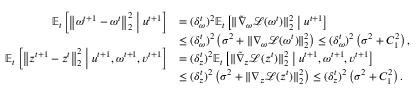
\begin{array} { r l } { \mathbb { E } _ { t } \left[ \left\| \omega ^ { t + 1 } - \omega ^ { t } \right\| _ { 2 } ^ { 2 } \; \middle | \; u ^ { t + 1 } \right] } & { = ( \delta _ { \omega } ^ { t } ) ^ { 2 } \mathbb { E } _ { t } \left[ \| \tilde { \nabla } _ { \omega } \mathcal { L } ( \omega ^ { t } ) \| _ { 2 } ^ { 2 } \; \middle | \; u ^ { t + 1 } \right] } \\ & { \leq ( \delta _ { \omega } ^ { t } ) ^ { 2 } \left( \sigma ^ { 2 } + \| \nabla _ { \omega } \mathcal { L } ( \omega ^ { t } ) \| _ { 2 } ^ { 2 } \right) \leq ( \delta _ { \omega } ^ { t } ) ^ { 2 } \left( \sigma ^ { 2 } + C _ { 1 } ^ { 2 } \right) , } \\ { \mathbb { E } _ { t } \left[ \left\| z ^ { t + 1 } - z ^ { t } \right\| _ { 2 } ^ { 2 } \; \middle | \; u ^ { t + 1 } , \omega ^ { t + 1 } , v ^ { t + 1 } \right] } & { = ( \delta _ { z } ^ { t } ) ^ { 2 } \mathbb { E } _ { t } \left[ \| \tilde { \nabla } _ { z } \mathcal { L } ( z ^ { t } ) \| _ { 2 } ^ { 2 } \; \middle | \; u ^ { t + 1 } , \omega ^ { t + 1 } , v ^ { t + 1 } \right] } \\ & { \leq ( \delta _ { z } ^ { t } ) ^ { 2 } \left( \sigma ^ { 2 } + \| \nabla _ { z } \mathcal { L } ( z ^ { t } ) \| _ { 2 } ^ { 2 } \right) \leq ( \delta _ { z } ^ { t } ) ^ { 2 } \left( \sigma ^ { 2 } + C _ { 1 } ^ { 2 } \right) . } \end{array}